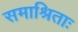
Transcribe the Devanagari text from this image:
समाश्रिताः